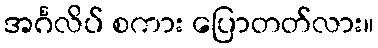
အင်္ဂလိပ် စကား ပြောတတ်လား။